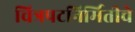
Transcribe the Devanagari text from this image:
चित्रपटनिर्मितीचे